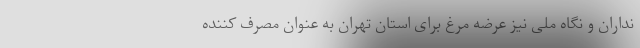
نداران و نگاه ملی نیز عرضه مرغ برای استان تهران به عنوان مصرف کننده